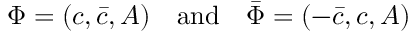
\Phi = ( c , \bar { c } , A ) \quad \mathrm { a n d } \quad \bar { \Phi } = ( - \bar { c } , c , A )